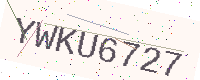
Text: YWKU6727